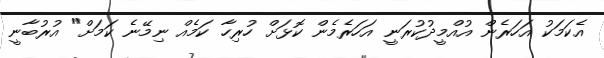
އެކަމަކު އަހަރެން އުއްމީދުކުރަނީ އަހަރެމެން ކޮޅަށް ހުރިހާ ކަމެއް ނިމޭނެ ކަމަށް" އުރުބާނީ